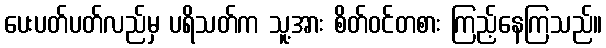
ပေးပတ်ပတ်လည်မှ ပရိသတ်က သူ့အား စိတ်ဝင်တစား ကြည့်နေကြသည်။